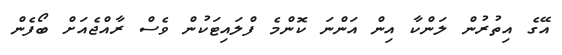
އޭގެ އިތުރުން ލަންކާ އިން އަންނަ ކޮންމެ ފްލައިޓަކުން ވެސް ރާއްޖެއަށް ބޯފެން